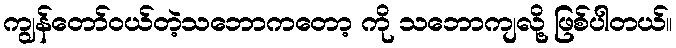
ကျွန်တော်ဝယ်တဲ့သဘောကတော့ ကို သဘောကျလို့ ဖြစ်ပါတယ်။